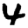
Digit: 4